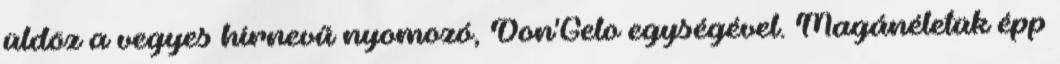
üldöz a vegyes hírnevű nyomozó, Don'Gelo egységével. Magánéletük épp